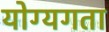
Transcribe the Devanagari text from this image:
योग्यगता